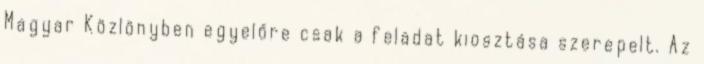
Magyar Közlönyben egyelőre csak a feladat kiosztása szerepelt. Az